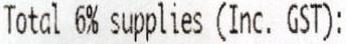
TOTAL 6% SUPPLIES (INC. GST):